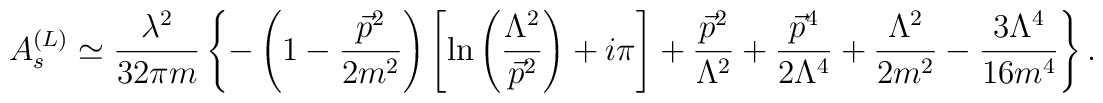
A_s^{(L)} \simeq\frac{\lambda ^2}{32\pi m}\left\{ -\left( 1-\frac{\vec p^2}{2m^2}\right) \left[ \ln \left( \frac{\Lambda ^2}{\vec p^2}\right) +i\pi \right] +\frac{\vec p^2}{\Lambda ^2}   +\frac{\vec p^4}{2\Lambda ^4}+\frac{\Lambda ^2}{2m^2}-\frac{3\Lambda ^4}{16m^4}\right\} .